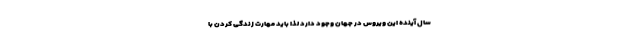
سال آینده این ویروس در جهان وجود دارد لذا باید مهارت زندگی کردن با